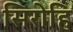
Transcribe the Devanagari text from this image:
सिरोहि